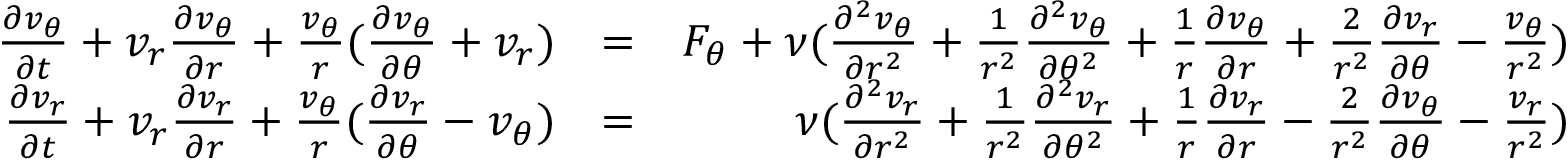
\begin{array} { r l r } { \frac { \partial v _ { \theta } } { \partial t } + v _ { r } \frac { \partial v _ { \theta } } { \partial r } + \frac { v _ { \theta } } { r } ( \frac { \partial v _ { \theta } } { \partial \theta } + v _ { r } ) } & { = } & { F _ { \theta } + \nu ( \frac { \partial ^ { 2 } v _ { \theta } } { \partial r ^ { 2 } } + \frac { 1 } { r ^ { 2 } } \frac { \partial ^ { 2 } v _ { \theta } } { \partial \theta ^ { 2 } } + \frac { 1 } { r } \frac { \partial v _ { \theta } } { \partial r } + \frac { 2 } { r ^ { 2 } } \frac { \partial v _ { r } } { \partial \theta } - \frac { v _ { \theta } } { r ^ { 2 } } ) } \\ { \frac { \partial v _ { r } } { \partial t } + v _ { r } \frac { \partial v _ { r } } { \partial r } + \frac { v _ { \theta } } { r } ( \frac { \partial v _ { r } } { \partial \theta } - v _ { \theta } ) } & { = } & { \nu ( \frac { \partial ^ { 2 } v _ { r } } { \partial r ^ { 2 } } + \frac { 1 } { r ^ { 2 } } \frac { \partial ^ { 2 } v _ { r } } { \partial \theta ^ { 2 } } + \frac { 1 } { r } \frac { \partial v _ { r } } { \partial r } - \frac { 2 } { r ^ { 2 } } \frac { \partial v _ { \theta } } { \partial \theta } - \frac { v _ { r } } { r ^ { 2 } } ) } \end{array}